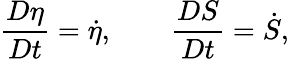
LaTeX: \frac{D\eta}{Dt}=\dot{\eta},\qquad\frac{DS}{Dt}=\dot{S},